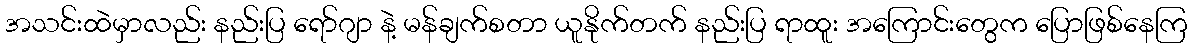
အသင်းထဲမှာလည်း နည်းပြ ရော်ဂျာ နဲ့ မန်ချက်စတာ ယူနိုက်တက် နည်းပြ ရာထူး အကြောင်းတွေက ပြောဖြစ်နေကြ